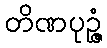
တိဏပုဉ္ဇံ